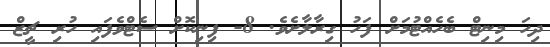
ދިހަ މިނިޓް ބެހެއްޓުމަށް ފަހު ގިރާލާށެވެ. 8- ފިނިކޮށް ސެޓްވެފައި ހުރި ޗީޒް